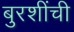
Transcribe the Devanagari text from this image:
बुरशींची